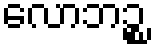
လောဘဉ္စ